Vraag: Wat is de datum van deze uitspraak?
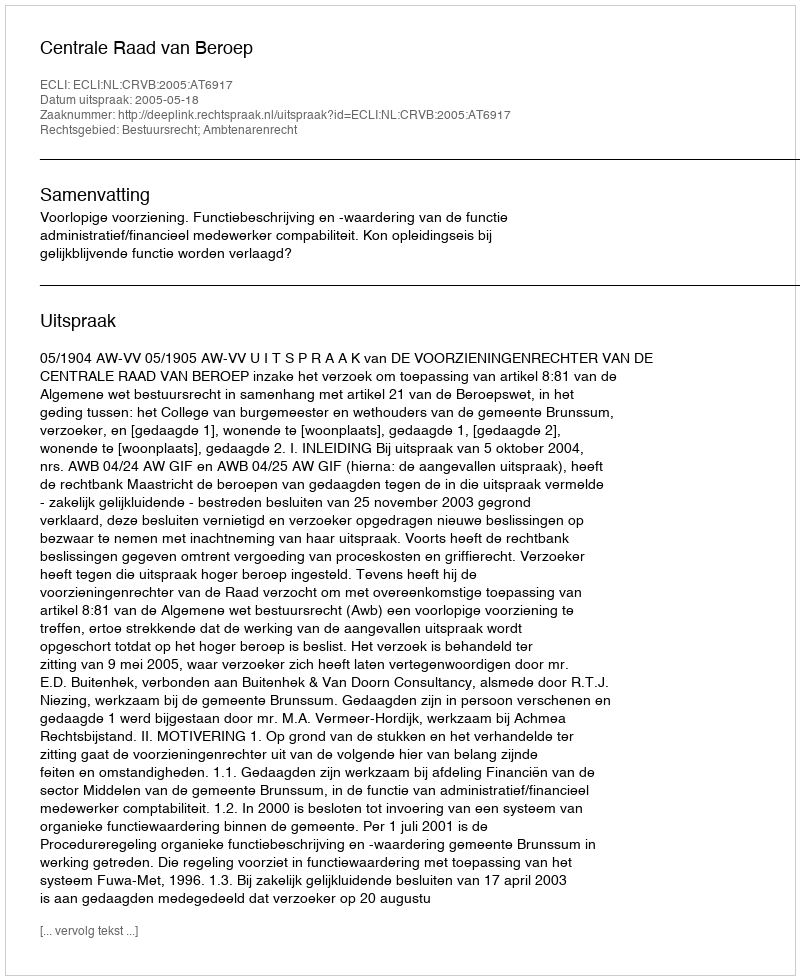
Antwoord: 2005-05-18